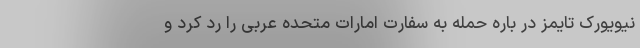
نیویورک تایمز در باره حمله به سفارت امارات متحده عربی را رد کرد و